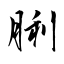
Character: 脷